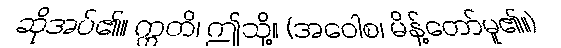
ဆိုအပ်၏။ ဣတိ၊ ဤသို့။ (အဝေါစ၊ မိန့်တော်မူ၏။)